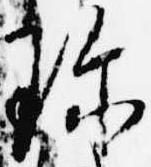
珎